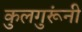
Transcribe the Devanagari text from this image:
कुलगुरूंनी